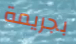
بجريمة